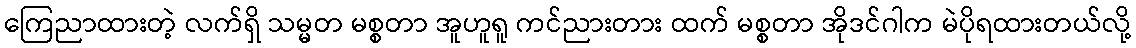
ကြေညာထားတဲ့ လက်ရှိ သမ္မတ မစ္စတာ အူဟူရူ ကင်ညားတား ထက် မစ္စတာ အိုဒင်ဂါက မဲပိုရထားတယ်လို့